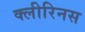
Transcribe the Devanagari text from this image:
क्लीरिनस